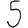
Digit: 5